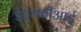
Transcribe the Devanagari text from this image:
ईएमबीआई